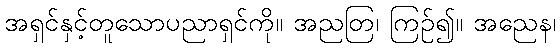
အရှင်နှင့်တူသောပညာရှင်ကို။ အညတြ၊ ကြဉ်၍။ အညေန၊